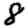
Digit: 8